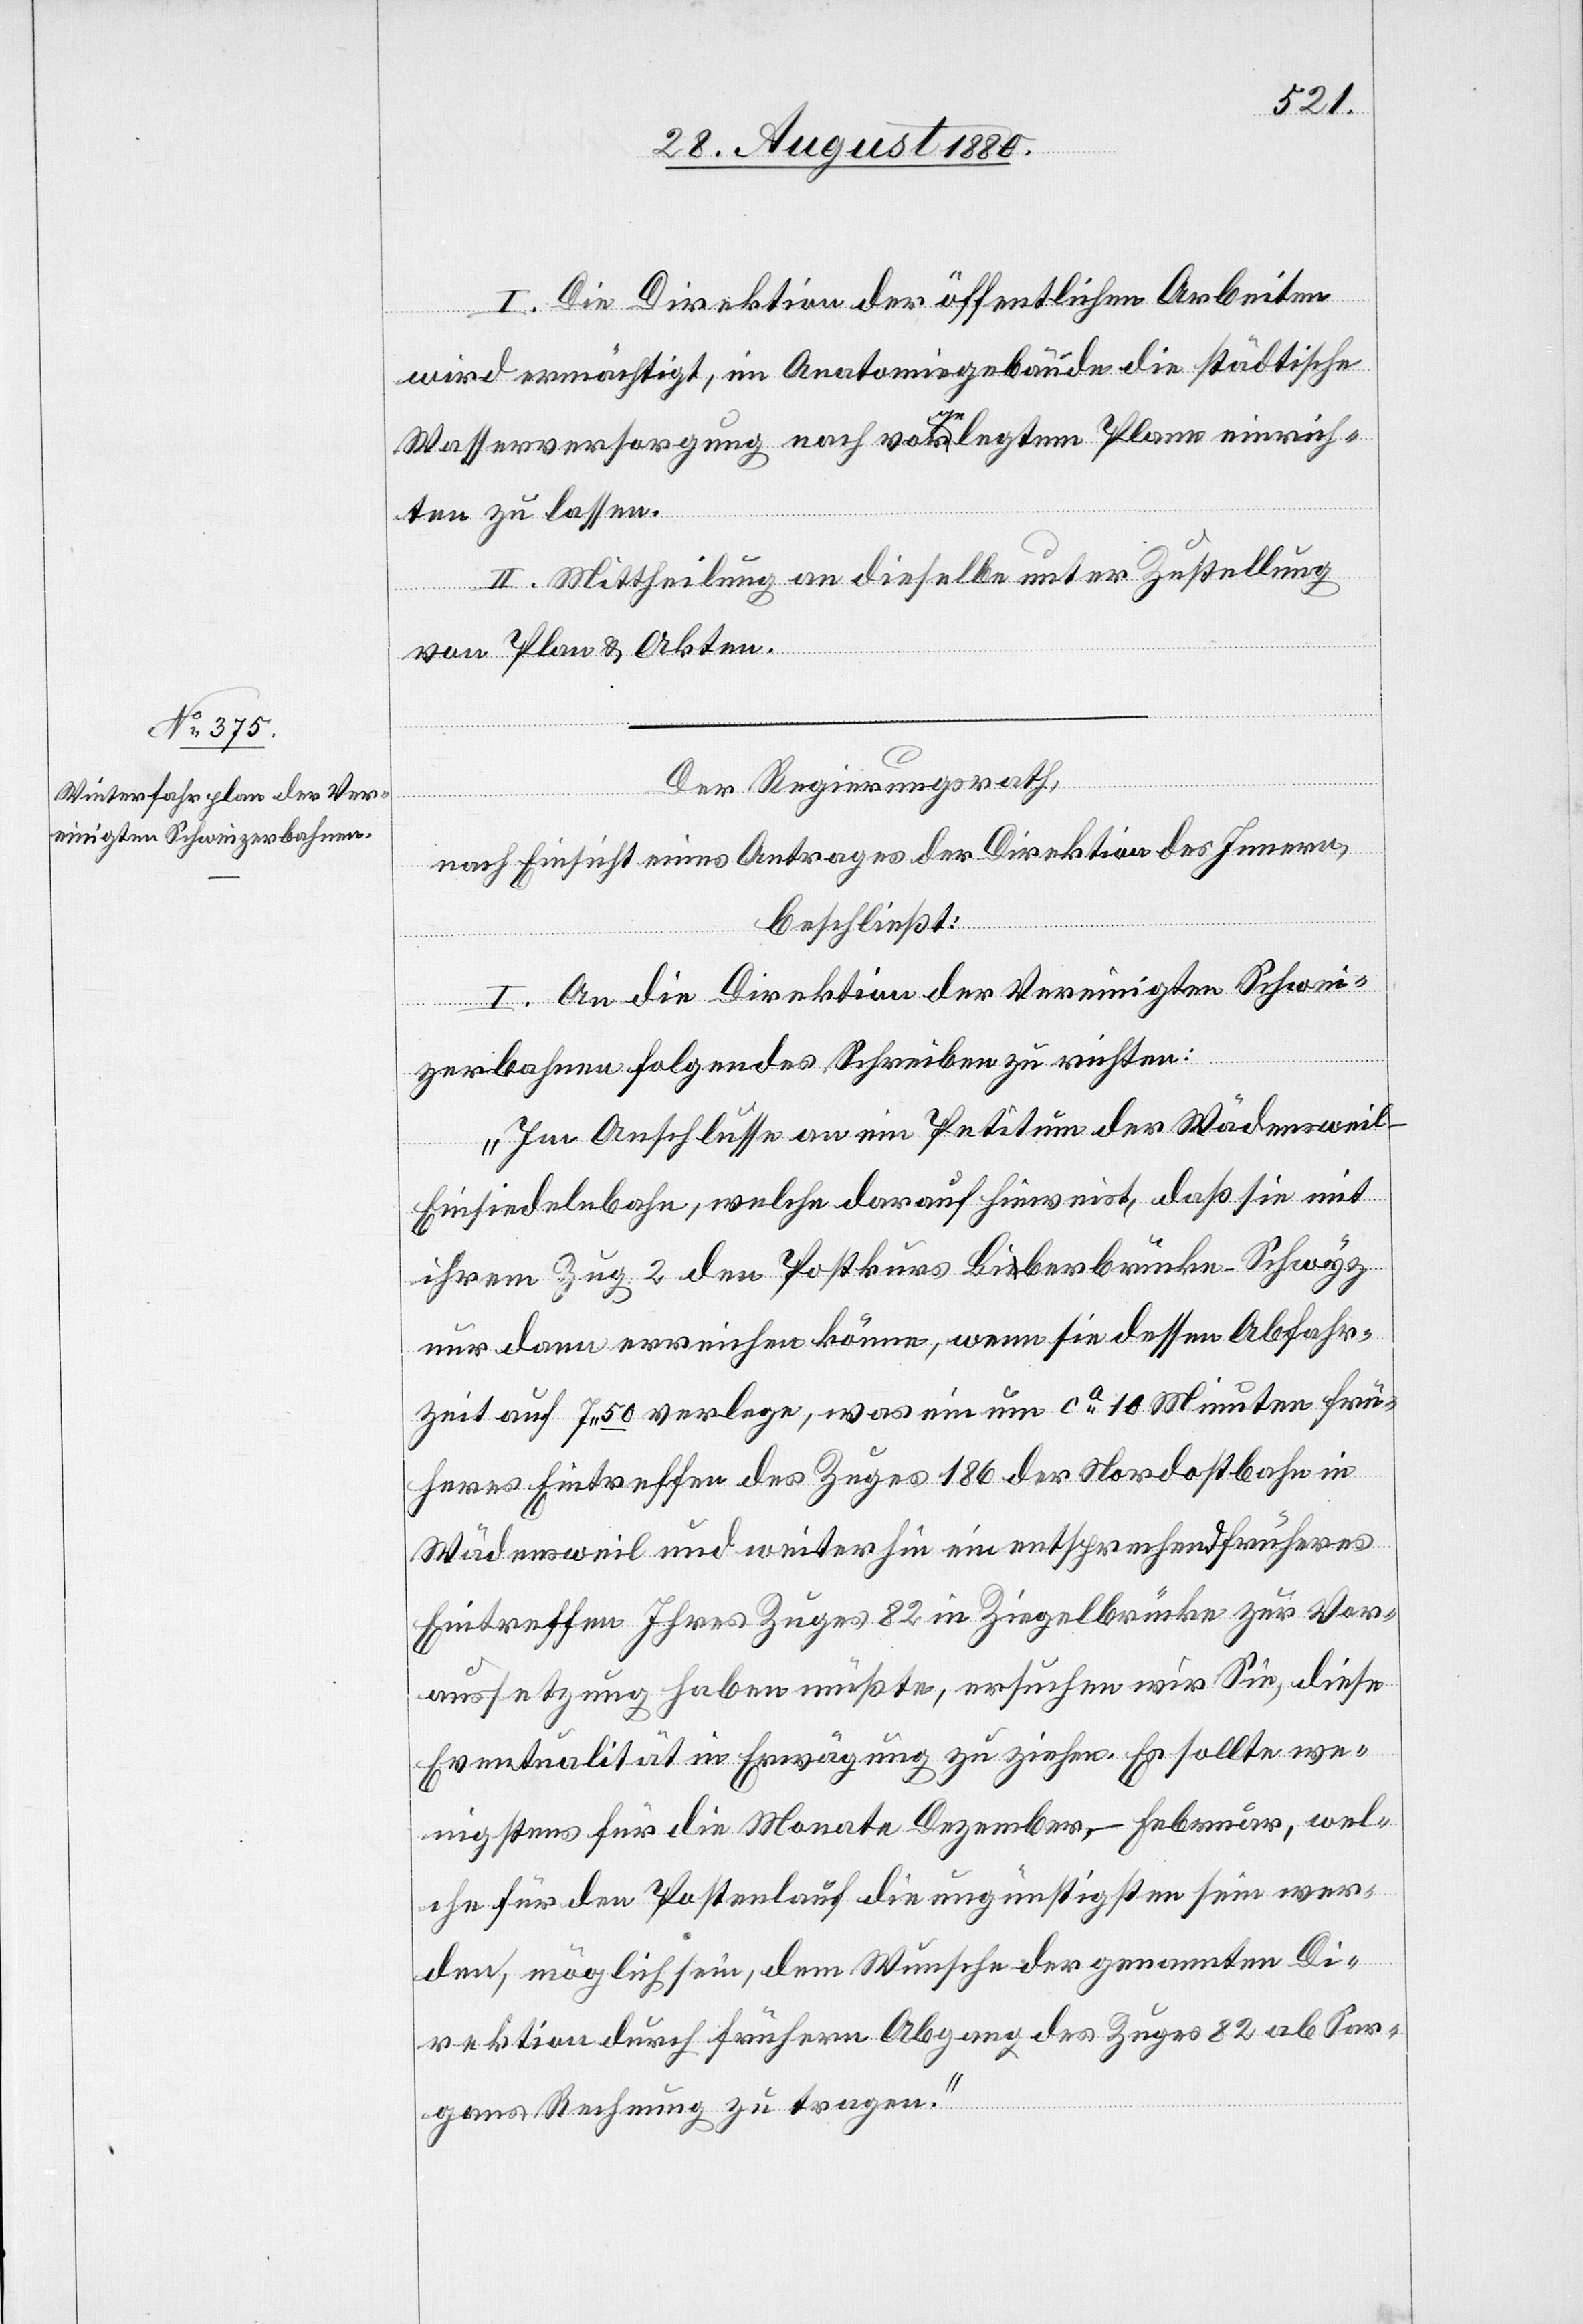
I. Die Direktion der öffentlichen Arbeiten
wird ermächtigt, im Anatomiegebäude die städtische
Wasserversorgung nach vorgelegtem Plane einrich¬
ten zu lassen.
II. Mittheilung an dieselbe unter Zustellung
von Plan & Akten.
Der Regierungsrath,
nach Einsicht eines Antrages der Direktion des Innern,
beschließt:
I. An die Direktion der Vereinigten Schwei¬
zerbahnen folgendes Schreiben zu richten:
„Im Anschlusse an ein Petitum der Wädenswei¬
l–Einsiedelnbahn, welche darauf hinweist, daß sie mit
ihrem Zug 2 den Postkurs Biberbrücke–Schwyz
nur dann erreichen könne, wenn sie dessen Abfahr¬
zeit auf 7 50 verlege, was ein um ca 10 Minuten frü¬
heres Eintreffen des Zuges 186 der Nordostbahn in
Wädensweil und weiterhin ein entsprechend frühes
Eintreffen Ihres Zuges 82 in Ziegelbrücke zur Vor¬
aussetzung haben müßte, ersuchen wir Sie, diese
Eventualität in Erwägung zu ziehen. Es sollte we¬
nigstens für die Monate Dezember–Februar, wel¬
che für den Postenlauf die ungünstigsten sein wer¬
den, möglich sein, dem Wunsche der genannten Di¬
rektion durch früheren Abgang des Zuges 82 ab Sar¬
gans Rechnung zu tragen.